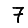
Digit: 7